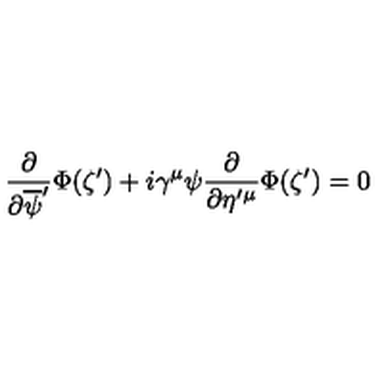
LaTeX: \frac { \partial } { \partial \overline { { \psi } } ^ { \prime } } \Phi ( \zeta ^ { \prime } ) + i \gamma ^ { \mu } \psi \frac { \partial } { \partial \eta ^ { \prime } { } ^ { \mu } } \Phi ( \zeta ^ { \prime } ) = 0